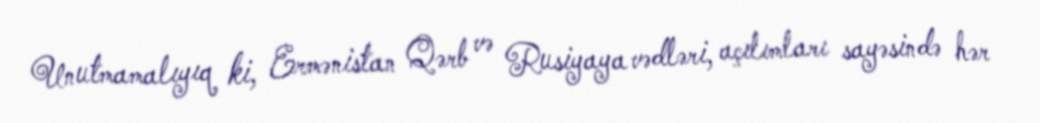
Unutmamalıyıq ki, Ermənistan Qərb və Rusiyaya vədləri, açılımları sayəsində hər